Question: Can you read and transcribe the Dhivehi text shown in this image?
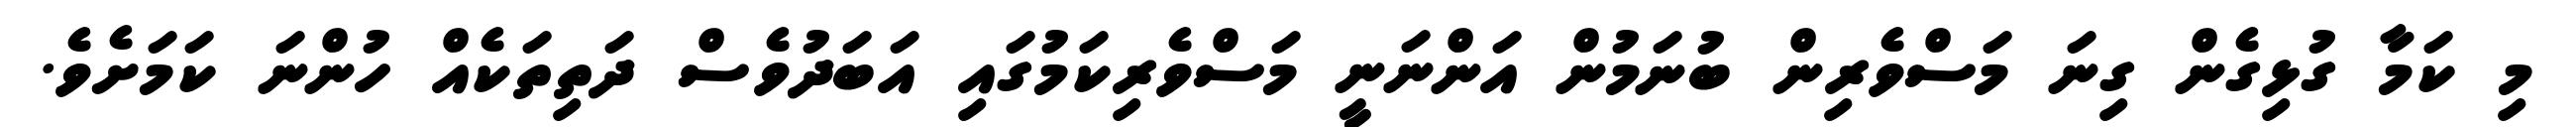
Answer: މި ކަމާ ގުޅިގެން ގިނަ މަސްވެރިން ބުނަމުން އަންނަނީ މަސްވެރިކަމުގައި އަބަދުވެސް ދަތިތަކެއް ހުންނަ ކަމަށެވެ.